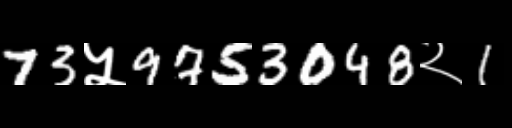
Text: 73५9753048२1